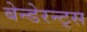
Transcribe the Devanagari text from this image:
बेन्डेरन्ट्स